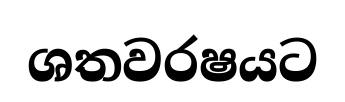
ශතවරෂයට